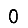
Digit: 0